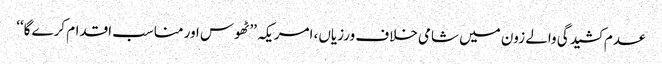
عدم کشیدگی والے زون میں شامی خلاف ورزیاں، امریکہ ’’ٹھوس اور مناسب اقدام کرے گا‘‘